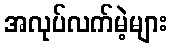
အလုပ်လက်မဲ့များ